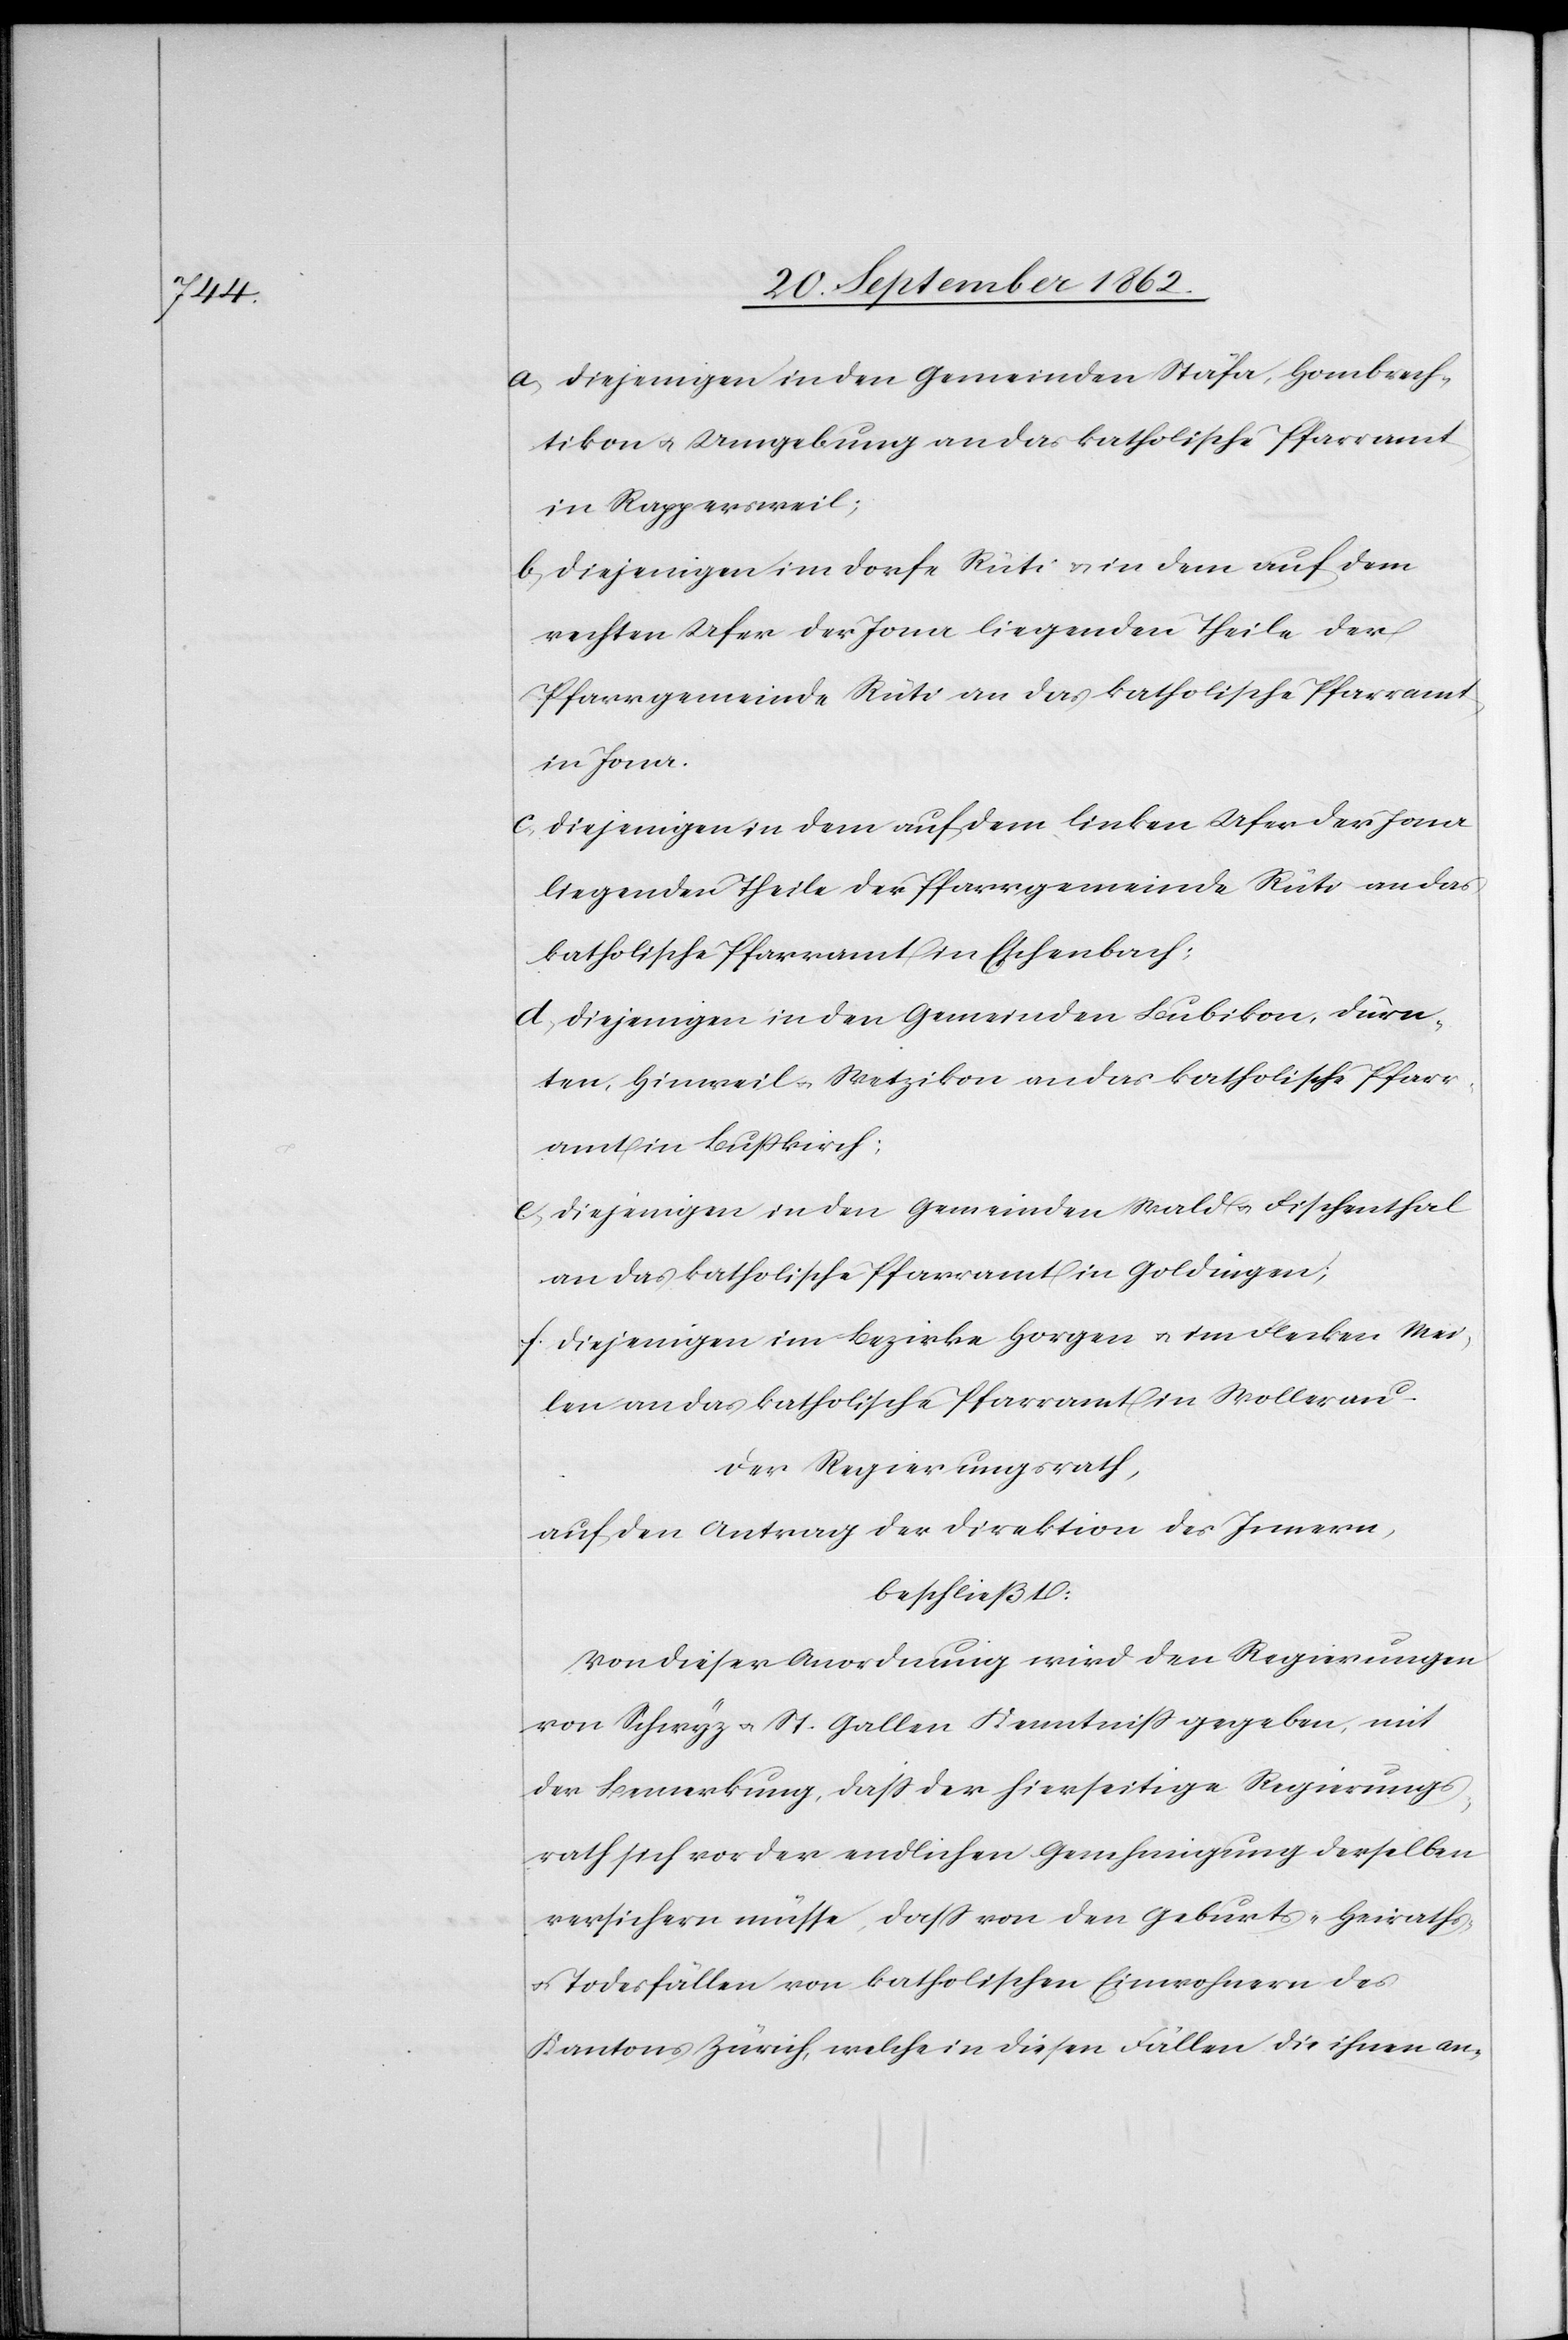
a. Diejenigen in den Gemeinden Stäfa, Hombrech¬
tikon u. Umgebung an das katholische Pfarramt
in Rappersweil;
b. Diejenigen im Dorfe Rüti u. in dem auf dem
rechten Ufer der Jona liegenden Theile der
Pfarrgemeinde Rüti an das katholische Pfarramt
c. Diejenigen in dem auf dem linken Ufer der Jona
liegenden Theile der Pfarrgemeinde Rüti an das
katholische Pfarramt in Eschenbach;
d. Diejenigen in den Gemeinden Bubikon, Dürn¬
ten, Hinweil u. Wetzikon an das katholische Pfarr¬
amt in Bußkirch;
e. Diejenigen in den Gemeinden Wald u. Fischenthal
an das katholische Pfarramt in Goldingen;
f. Diejenigen im Bezirke Horgen u. im Flecken Mei¬
len an das katholische Pfarramt in Wollerau.
Der Regierungsrath,
auf den Antrag der Direktion des Innern,
beschließt:
Von dieser Anordnung wird den Regierungen
von Schwyz u. St. Gallen Kenntniß gegeben, mit
der Bemerkung, daß der hierseitige Regierungs¬
rath sich vor der endlichen Genehmigung derselben
versichern müsse, daß von den Geburts-[,] Heiraths-
u. Todesfällen von katholischen Einwohnern des
Kantons Zürich, welche in diesen Fällen die ihnen an-